Madras plague regulations in force outside the Presidency town - Volume 3
Disease focus: Plague
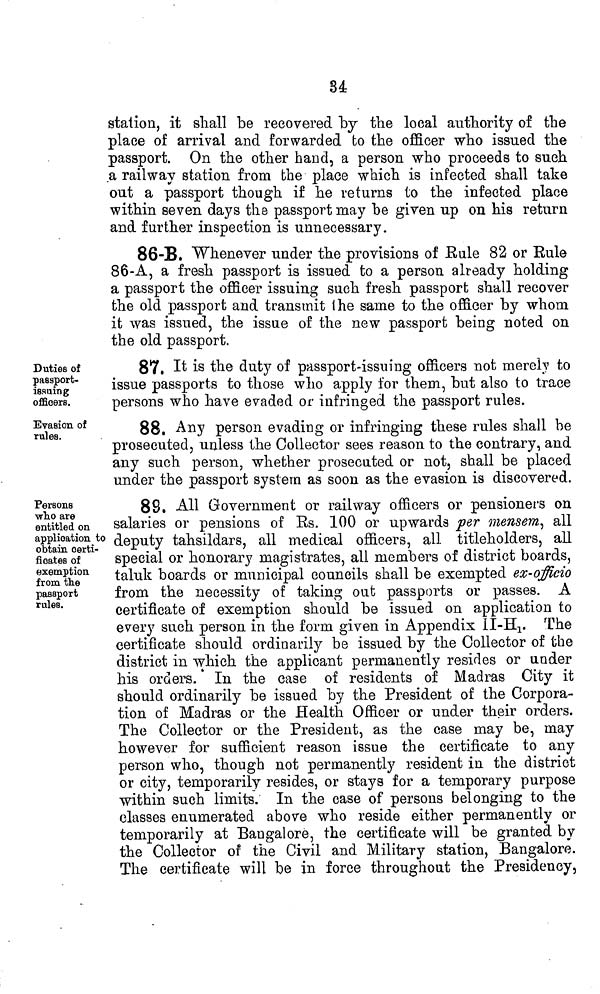
34
station, it shall be recovered by the local authority of the
place of arrival and forwarded to the officer who issued the
passport. On the other hand, a person who proceeds to such
a railway station from the place which is infected shall take
out a passport though if he returns to the infected place
within seven days the passport may he given up on his return
and further inspection is unnecessary.
86-B. Whenever under the provisions of Rule 82 or Eule
86-A, a fresh passport is issued to a person already holding
a passport the officer issuing such fresh passport shall recover
the old passport and transmit the same to the officer by whom
it was issued, the issue of the new passport being noted on
the old passport.
Duties of
paasport-
issuing
officers.
87. It is the duty of passport-issuing officers not merely to
issue passports to those who apply for them, but also to trace
persons who have evaded or infringed the passport rules.
Evasion of
rules.
88, Any person evading or infringing these rules shall he
prosecuted, unless the Collector sees reason to the contrary, and
any such person, whether prosecuted or not, shall be placed
under the passport system as soon as the evasion is discovered.
Persons
who are
entitled on
application to
obtain certi-
ficates of
exemption
from the
passport
rules.
88. All Government or railway officers or pensioners on
salaries or pensions of Es. 100 or upwards per mensem, all
deputy tahsildars, all medical officers, all titleholders, all
special or honorary magistrates, all members of district boards,
taluk boards or municipal councils shall be exempted ex-officio
from the necessity of taking out passports or passes. A
certificate of exemption should be issued on application to
every such person in the form given in Appendix II-H1. The
certificate should ordinarily be issued by the Collector of the
district in which the applicant permanently resides or under
his orders. In the case of residents of Madras City it
should ordinarily be issued by the President of the Corpora-
tion of Madras or the Health Officer or under their orders.
The Collector or the President, as the case may be, may
however for sufficient reason issue the certificate to any
person who, though not permanently resident in the district
or city, temporarily resides, or stays for a temporary purpose
within such limits. In the case of persons belonging to the
classes enumerated above who reside either permanently or
temporarily at Bangalore, the certificate will be granted by
the Collector of the Civil and Military station, Bangalore.
The certificate will be in force throughout the Presidency,